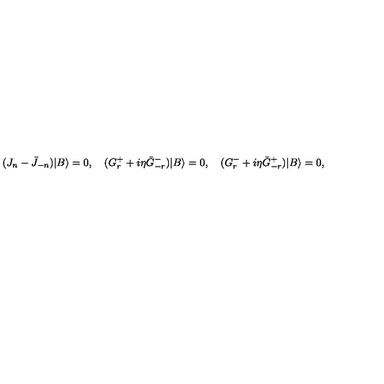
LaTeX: ( J _ { n } - \bar { J } _ { - n } ) | B \rangle = 0 , \quad ( G _ { r } ^ { + } + i \eta \bar { G } _ { - r } ^ { - } ) | B \rangle = 0 , \quad ( G _ { r } ^ { - } + i \eta \bar { G } _ { - r } ^ { + } ) | B \rangle = 0 ,